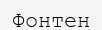
Фонтен